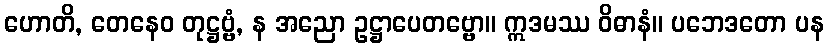
ဟောတိ, တေနေဝ တုဋ္ဌဗ္ဗံ, န အညော ဥဋ္ဌာပေတဗ္ဗော။ ဣဒမဿ ဝိဓာနံ။ ပဘေဒတော ပန